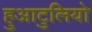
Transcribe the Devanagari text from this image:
हुआटुलियो